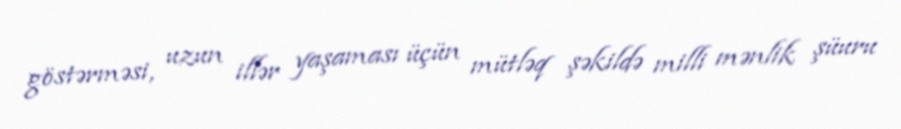
göstərməsi, uzun illər yaşaması üçün mütləq şəkildə milli mənlik şüuru